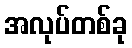
အလုပ်တစ်ခု